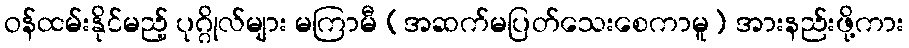
ဝန်ထမ်းနိုင်မည့် ပုဂ္ဂိုလ်များ မကြာမီ (အဆက်မပြတ်သေးစေကာမူ) အားနည်းဖို့ကား